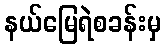
နယ်မြေရဲစခန်းမှ